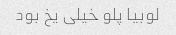
لوبیا پلو خیلی یخ بود